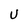
Character: U